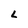
Character: L